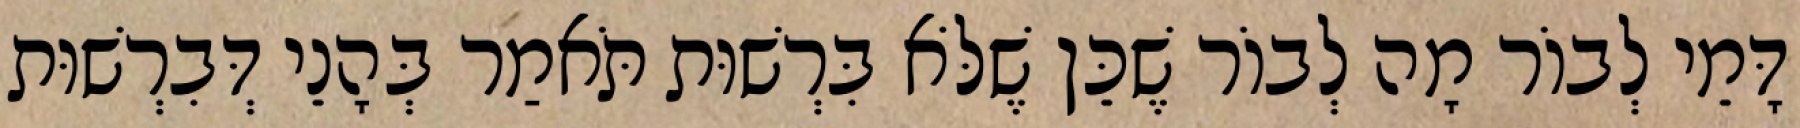
דָּמֵי לְבוֹר מָה לְבוֹר שֶׁכֵּן שֶׁלֹּא בִּרְשׁוּת תֹּאמַר בְּהָנֵי דְּבִרְשׁוּת